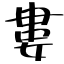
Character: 婁